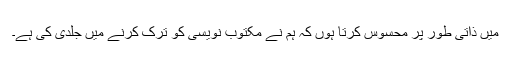
میں ذاتی طور پر محسوس کرتا ہوں کہ ہم نے مکتوب نویسی کو ترک کرنے میں جلدی کی ہے۔